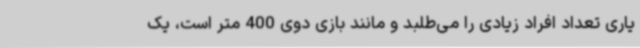
یاری تعداد افراد زیادی را می‌طلبد و مانند بازی دوی 400 متر است، یک